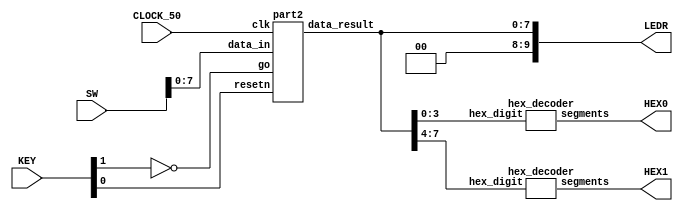
//Sw[7:0] data_in

//KEY[0] synchronous reset when pressed
//KEY[1] go signal

//LEDR displays result
//HEX0 & HEX1 also displays result

module datapath(SW, KEY, CLOCK_50, LEDR, HEX0, HEX1);
    input [9:0] SW;
    input [3:0] KEY;
    input CLOCK_50;
    output [9:0] LEDR;
    output [6:0] HEX0, HEX1;

    wire resetn;
    wire go;

    wire [7:0] data_result;
    assign go = ~KEY[1];
    assign resetn = KEY[0];

    part2 u0(
        .clk(CLOCK_50),
        .resetn(resetn),
        .go(go),
        .data_in(SW[7:0]),
        .data_result(data_result)
    );
      
    assign LEDR[9:0] = {2'b00, data_result};

    hex_decoder H0(
        .hex_digit(data_result[3:0]), 
        .segments(HEX0)
        );
        
    hex_decoder H1(
        .hex_digit(data_result[7:4]), 
        .segments(HEX1)
        );

endmodule

module part2(
    input clk,
    input resetn,
    input go,
    input [7:0] data_in,
    output [7:0] data_result
    );

    // lots of wires to connect our datapath and control
    wire ld_a, ld_b, ld_c, ld_x, ld_r;
    wire ld_alu_out;
    wire [1:0]  alu_select_a, alu_select_b;
    wire alu_op;

    control C0(
        .clk(clk),
        .resetn(resetn),
        
        .go(go),
        
        .ld_alu_out(ld_alu_out), 
        .ld_x(ld_x),
        .ld_a(ld_a),
        .ld_b(ld_b),
        .ld_c(ld_c), 
        .ld_r(ld_r), 
        
        .alu_select_a(alu_select_a),
        .alu_select_b(alu_select_b),
        .alu_op(alu_op)
    );

    data_path D0(
        .clk(clk),
        .resetn(resetn),

        .ld_alu_out(ld_alu_out), 
        .ld_x(ld_x),
        .ld_a(ld_a),
        .ld_b(ld_b),
        .ld_c(ld_c), 
        .ld_r(ld_r), 

        .alu_select_a(alu_select_a),
        .alu_select_b(alu_select_b),
        .alu_op(alu_op),

        .data_in(data_in),
        .data_result(data_result)
    );
                
 endmodule        
                

module control(
    input clk,
    input resetn,
    input go,

    output reg  ld_a, ld_b, ld_c, ld_x, ld_r,
    output reg  ld_alu_out,
    output reg [1:0]  alu_select_a, alu_select_b,
    output reg alu_op
    );

    reg [3:0] current_state, next_state; 
    
    localparam  S_LOAD_A        = 4'd0,
                S_LOAD_A_WAIT   = 4'd1,
                S_LOAD_B        = 4'd2,
                S_LOAD_B_WAIT   = 4'd3,
                S_LOAD_C        = 4'd4,
                S_LOAD_C_WAIT   = 4'd5,
                S_LOAD_X        = 4'd6,
                S_LOAD_X_WAIT   = 4'd7,
                S_CYCLE_0       = 4'd8,
                S_CYCLE_1       = 4'd9,
                S_CYCLE_2       = 4'd10,
		S_CYCLE_3       = 4'd11,
		S_CYCLE_4       = 4'd12;
    
    // Next state logic aka our state table
    always@(*)
    begin: state_table 
            case (current_state)
                S_LOAD_A: next_state = go ? S_LOAD_A_WAIT : S_LOAD_A; // Loop in current state until value is input
                S_LOAD_A_WAIT: next_state = go ? S_LOAD_A_WAIT : S_LOAD_B; // Loop in current state until go signal goes low
                S_LOAD_B: next_state = go ? S_LOAD_B_WAIT : S_LOAD_B; // Loop in current state until value is input
                S_LOAD_B_WAIT: next_state = go ? S_LOAD_B_WAIT : S_LOAD_C; // Loop in current state until go signal goes low
                S_LOAD_C: next_state = go ? S_LOAD_C_WAIT : S_LOAD_C; // Loop in current state until value is input
                S_LOAD_C_WAIT: next_state = go ? S_LOAD_C_WAIT : S_LOAD_X; // Loop in current state until go signal goes low
                S_LOAD_X: next_state = go ? S_LOAD_X_WAIT : S_LOAD_X; // Loop in current state until value is input
                S_LOAD_X_WAIT: next_state = go ? S_LOAD_X_WAIT : S_CYCLE_0; // Loop in current state until go signal goes low
                S_CYCLE_0: next_state = S_CYCLE_1;
                S_CYCLE_1: next_state = S_CYCLE_2;
		S_CYCLE_2: next_state = S_CYCLE_3;
		S_CYCLE_3: next_state = S_CYCLE_4;
		S_CYCLE_3: next_state = S_LOAD_A;// we will be done our two operations, start over after

					 default:     next_state = S_LOAD_A;
        endcase
    end // state_table
   

    // Output logic aka all of our datapath control signals
    always @(*)
    begin: enable_signals
        // By default make all our signals 0
        ld_alu_out = 1'b0;
        ld_a = 1'b0;
        ld_b = 1'b0;
        ld_c = 1'b0;
        ld_x = 1'b0;
        ld_r = 1'b0;
        alu_select_a = 2'b00;
        alu_select_b = 2'b00;
        alu_op       = 1'b0;

        case (current_state)
            S_LOAD_A: begin
                ld_a = 1'b1;
                end
            S_LOAD_B: begin
                ld_b = 1'b1;
                end
            S_LOAD_C: begin
                ld_c = 1'b1;
                end
            S_LOAD_X: begin
                ld_x = 1'b1;
                end
            S_CYCLE_0: begin // Do A <- A * x 
                ld_alu_out = 1'b1; ld_a = 1'b1; // store result back into A
                alu_select_a = 2'b00; // Select register A
                alu_select_b = 2'b11; // Also select register x
                alu_op = 1'b1; // Do multiply operation
            end
				S_CYCLE_1: begin // Do A <- Ax * x 
                ld_alu_out = 1'b1; ld_a = 1'b1; // store result back into A
                alu_select_a = 2'b00; // Select register A
                alu_select_b = 2'b11; // Also select register x
                alu_op = 1'b1; // Do multiply operation
            end
				S_CYCLE_2: begin // Do B <- B * x 
                ld_alu_out = 1'b1; ld_b = 1'b1; // store result back into B
                alu_select_a = 2'b11; // Select register x
                alu_select_b = 2'b01; // Also select register B
                alu_op = 1'b1; // Do multiply operation
            end
				S_CYCLE_3: begin // Do A <- Ax^2+Bx 
                ld_alu_out = 1'b1; ld_a = 1'b1; // store result back into A
                alu_select_a = 2'b00; // Select register A
                alu_select_b = 2'b01; // Also select register B
                alu_op = 1'b0; // Do addition operation
            end
            S_CYCLE_4: begin // 
                ld_r = 1'b1; // store result in result register
                alu_select_a = 2'b00; // Select register A
                alu_select_b = 2'b10; // Select register C
                alu_op = 1'b0; // Do Add operation
            end
        // default:    // don't need default since we already made sure all of our outputs were assigned a value at the start of the always block
        endcase
    end // enable_signals
   
    // current_state registers
    always@(posedge clk)
    begin: state_FFs
        if(!resetn)
            current_state <= S_LOAD_A;
        else
            current_state <= next_state;
    end // state_FFS
endmodule

module data_path(
    input clk,
    input resetn,
    input [7:0] data_in,
    input ld_alu_out, 
    input ld_x, ld_a, ld_b, ld_c,
    input ld_r,
    input alu_op, 
    input [1:0] alu_select_a, alu_select_b,
    output reg [7:0] data_result
    );
    
    // input registers
    reg [7:0] a, b, c, x;

    // output of the alu
    reg [7:0] alu_out;
    // alu input muxes
    reg [7:0] alu_a, alu_b;
    
    // Registers a, b, c, x with respective input logic
    always @ (posedge clk) begin
        if (!resetn) begin
            a <= 8'd0; 
            b <= 8'd0; 
            c <= 8'd0; 
            x <= 8'd0; 
        end
        else begin
            if (ld_a)
                a <= ld_alu_out ? alu_out : data_in; // load alu_out if load_alu_out signal is high, otherwise load from data_in
            if (ld_b)
                b <= ld_alu_out ? alu_out : data_in; // load alu_out if load_alu_out signal is high, otherwise load from data_in
            if (ld_x)
                x <= data_in;

            if (ld_c)
                c <= data_in;
        end
    end
 
    // Output result register
    always @ (posedge clk) begin
        if (!resetn) begin
            data_result <= 8'd0; 
        end
        else 
            if(ld_r)
                data_result <= alu_out;
    end

    // The ALU input multiplexers
    always @(*)
    begin
        case (alu_select_a)
            2'd0:
                alu_a = a;
            2'd1:
                alu_a = b;
            2'd2:
                alu_a = c;
            2'd3:
                alu_a = x;
            default: alu_a = 8'd0;
        endcase

        case (alu_select_b)
            2'd0:
                alu_b = a;
            2'd1:
                alu_b = b;
            2'd2:
                alu_b = c;
            2'd3:
                alu_b = x;
            default: alu_b = 8'd0;
        endcase
    end

    // The ALU 
    always @(*)
    begin : ALU
        // alu
        case (alu_op)
            0: begin
                   alu_out = alu_a + alu_b; //performs addition
               end
            1: begin
                   alu_out = alu_a * alu_b; //performs multiplication
               end
            default: alu_out = 8'd0;
        endcase
    end
    
endmodule


module hex_decoder(hex_digit, segments);
    input [3:0] hex_digit;
    output reg [6:0] segments;
   
    always @(*)
        case (hex_digit)
            4'h0: segments = 7'b100_0000;
            4'h1: segments = 7'b111_1001;
            4'h2: segments = 7'b010_0100;
            4'h3: segments = 7'b011_0000;
            4'h4: segments = 7'b001_1001;
            4'h5: segments = 7'b001_0010;
            4'h6: segments = 7'b000_0010;
            4'h7: segments = 7'b111_1000;
            4'h8: segments = 7'b000_0000;
            4'h9: segments = 7'b001_1000;
            4'hA: segments = 7'b000_1000;
            4'hB: segments = 7'b000_0011;
            4'hC: segments = 7'b100_0110;
            4'hD: segments = 7'b010_0001;
            4'hE: segments = 7'b000_0110;
            4'hF: segments = 7'b000_1110;   
            default: segments = 7'h7f;
        endcase
endmodule